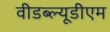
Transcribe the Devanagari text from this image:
वीडब्ल्यूडीएम